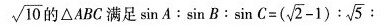
$$\sqrt{10}$$ 的△ABC满足 $$\sinA: \sin B: \sin C=(\sqrt{2}-1): \sqrt{5}$$ ：